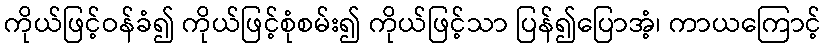
ကိုယ်ဖြင့်ဝန်ခံ၍ ကိုယ်ဖြင့်စုံစမ်း၍ ကိုယ်ဖြင့်သာ ပြန်၍ပြောအံ့၊ ကာယကြောင့်